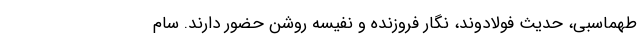
طهماسبی، حدیث فولادوند، نگار فروزنده و نفیسه روشن حضور دارند. سام